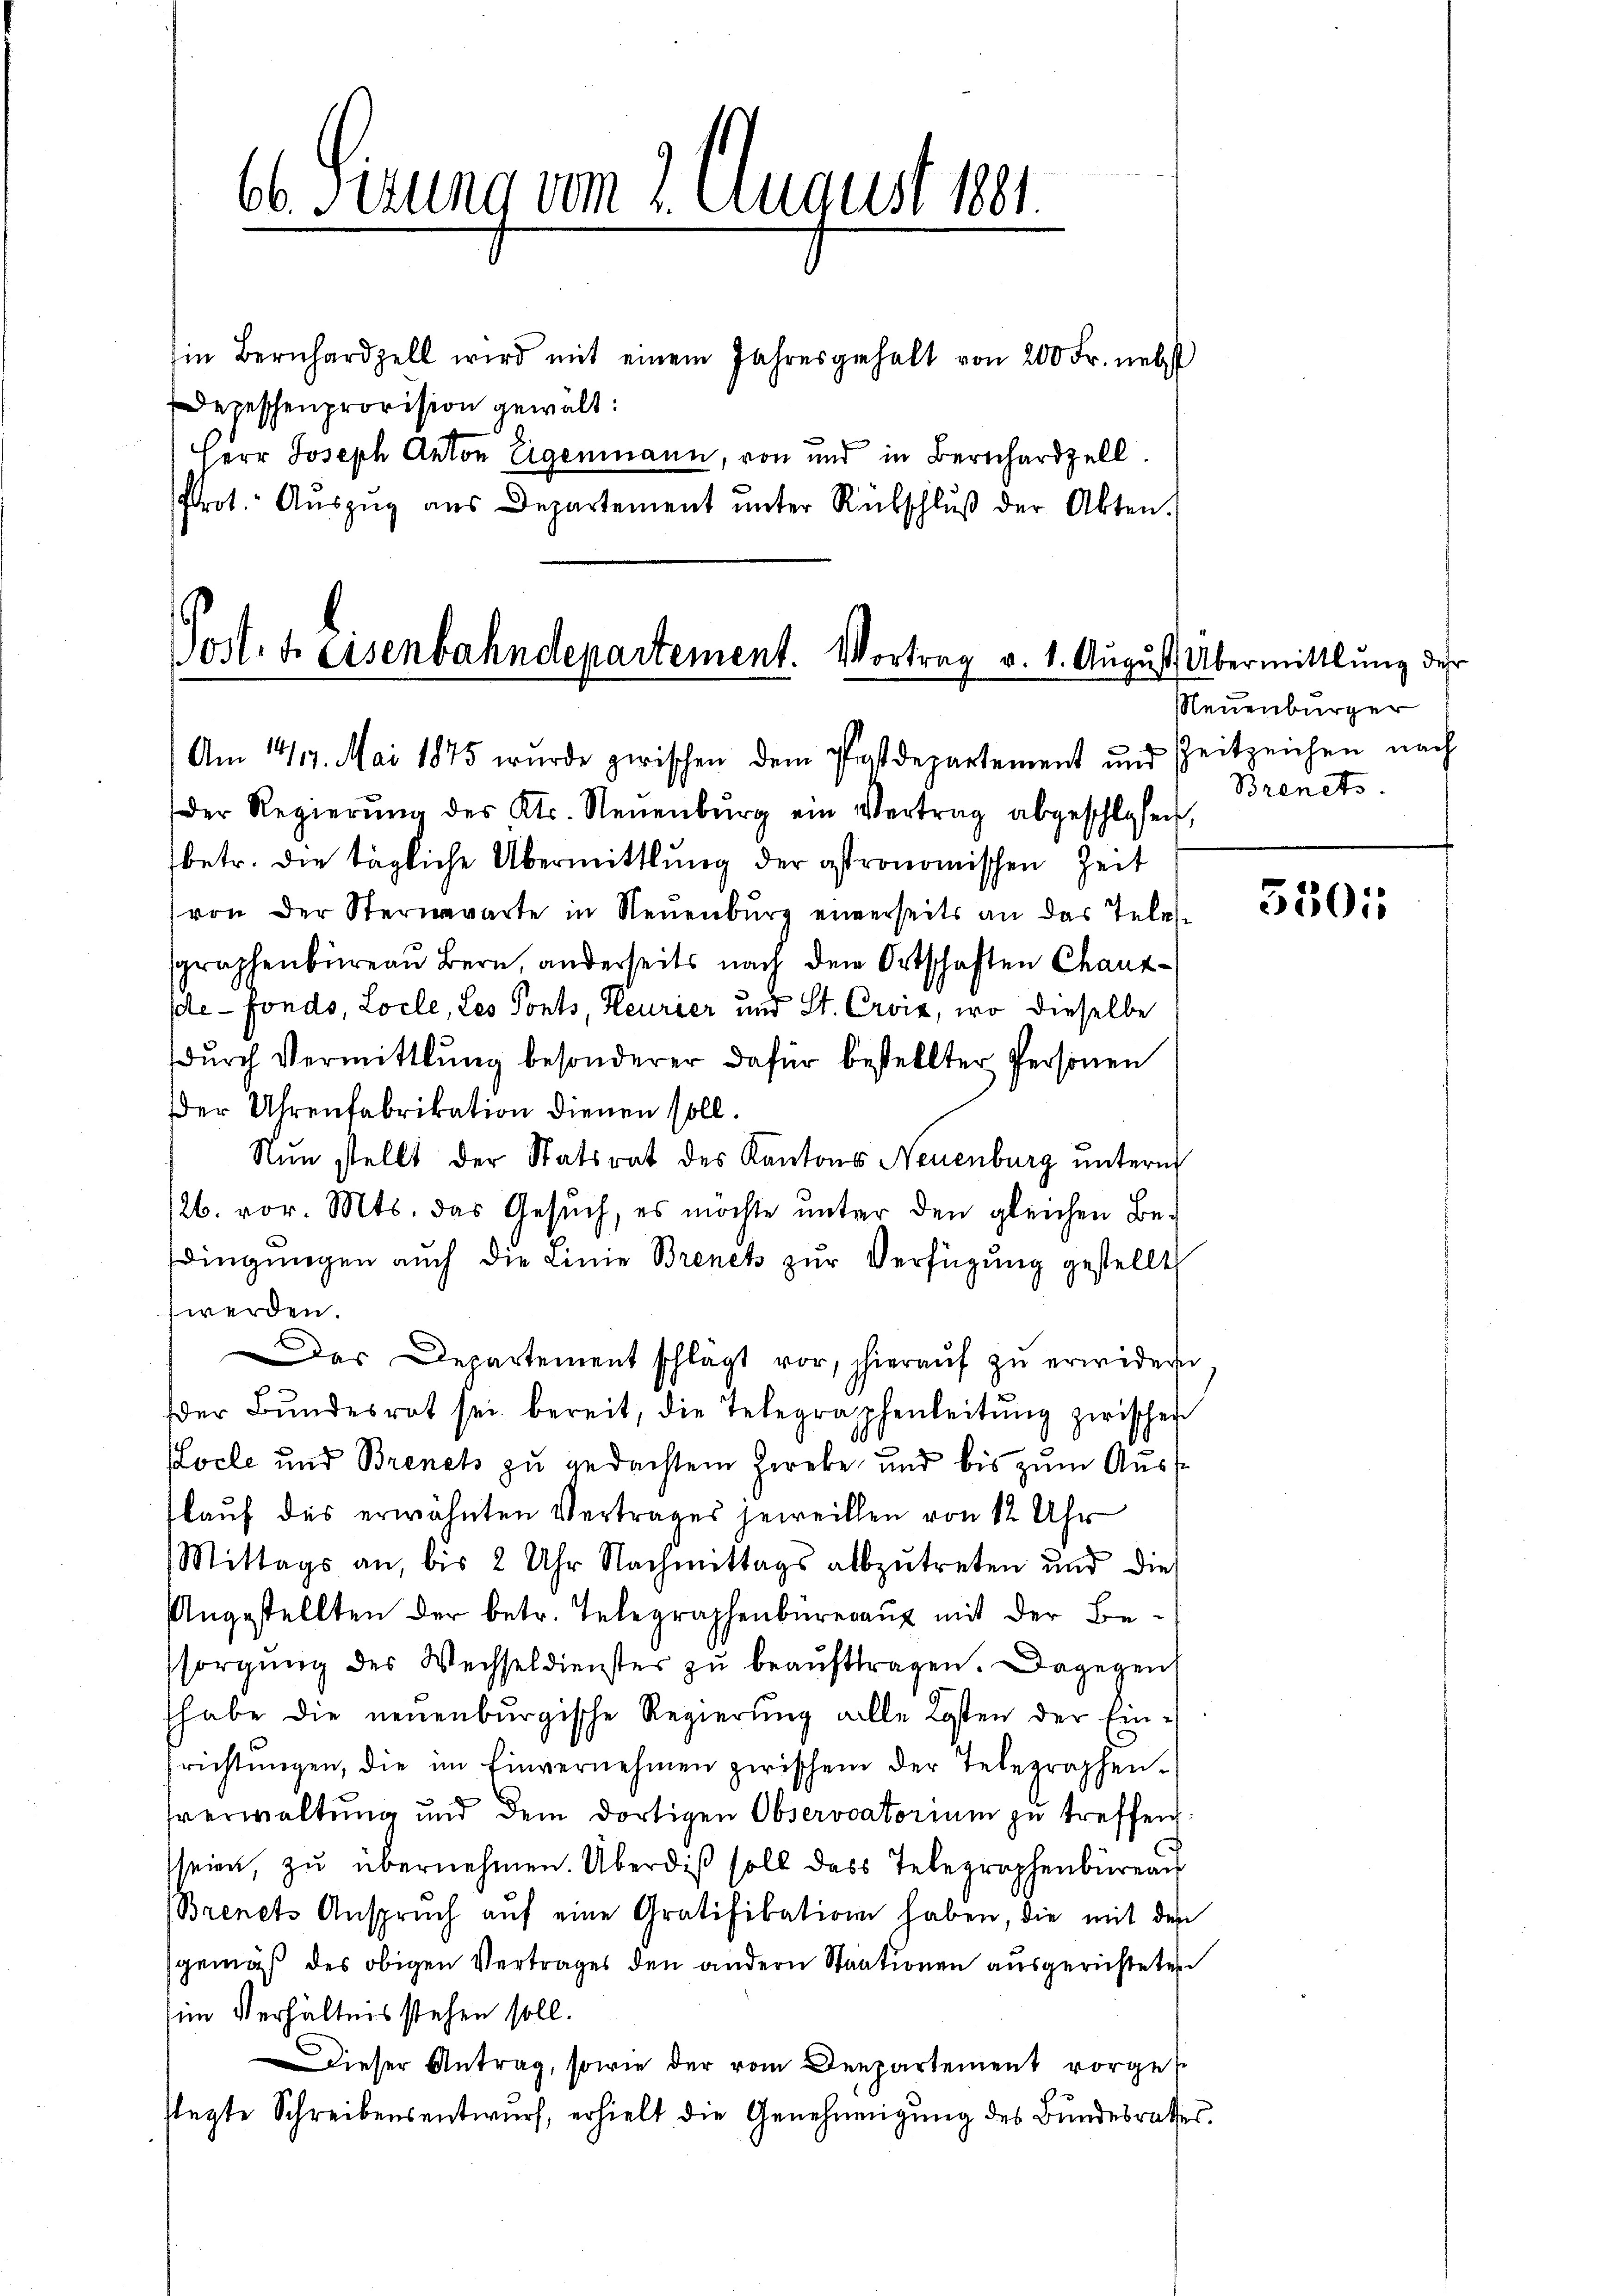
Ein Bernhardzell wird mit einem Jahresgehalt von 200 Fr. nebst
Depeschenprovision gewält:
Herr Joseph Anton Eigenmann, von und in Bernhardzell.
Prot. Aŭszŭg aŭs Departement ŭnter Rückschlŭβ der Akten.

66 Sirung vom 2. August 1891.

Post. b. Eisenbahndepartement. Vortrag v. 1. August Übermittlung der
Am 1419. Mai 1875 wurde zwischen dem Postdepartement und

Neuenburger
Zeitzeichen nach
Brents

der Regierŭng des Kts. Neuenburg ein Vertrag abgeschlafen,
betr. die tägliche Übermittlung der astronomischen Zeit
von der Sterwarte in Neuenburg einerseits an das Telegraphenbüreau Bern, anderseits nach dem Ortschaften Chauzde - Fondo, Locle, Les Ponts, Heurier und St. Croix, wo dieselbe
durch Vermittlung besonderer dafür bestellter Personen
er Uhrenfabrikation dienen soll.
Nŭn stellt der Statsrat des Kantons Neuenburg unterm
26. vor. Mts. das Gesŭch, es möchte ŭnter den gleichen Be-
dingungen auch die Linie Brenet zur Verfügung gestellt
werden.
Das Departement schlägt vor, hieraŭf zŭ erwidern
der Bŭndesrat sei bereit, die Telegraphenleitŭng zwischen
Kocle und Brench zu gedachtem Zwebe und bis zum Ausf
lauf des erwähnten Vertrages jeweillen von 12 Uhr
Mittags an, bis 2 Uhr Nachmittags abzŭtreten und dies
Angestellten der betr. Telegraphenbüreaux mit der Besorgung des Wechseldienster zu beauftragen. Dagegen
habe die neuenburgische Regierung alle Kosten der Einsrichtŭngen, die im Einvernehmen zwischem der Telegraphen-
sverwaltung und dem dortigen Observatorium zu treffen.
seien, zŭ übernehmen. Überdiβ soll dass Telegraphenbüreau
Brenets Anspruch aŭf eine Gratifikation haben, die mit den
gemäß des obigen Vertrages den andern Staationen ausgerichteten
im Verhältnis stehen soll.
dieser Antrag, sowie der vom Departement vorgese
flegte Schreibensentwurf, erhielt die Genehmigung des Bundesrathes.

350: